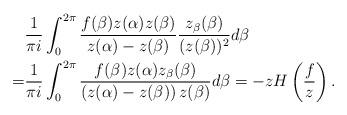
LaTeX: \begin{align*}&\frac{1}{\pi i}\int_{0}^{2\pi}\frac{f(\beta)z(\alpha)z(\beta)}{z(\alpha)-z(\beta)}\frac{z_{\beta}(\beta)}{(z(\beta))^{2}}d\beta\\=&\frac{1}{\pi i}\int_{0}^{2\pi}\frac{f(\beta)z(\alpha)z_{\beta}(\beta)}{\left(z(\alpha)-z(\beta)\right)z(\beta)}d\beta=-zH\left(\frac{f}{z}\right).\end{align*}